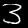
Digit: 3